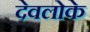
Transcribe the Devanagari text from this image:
देवलोके